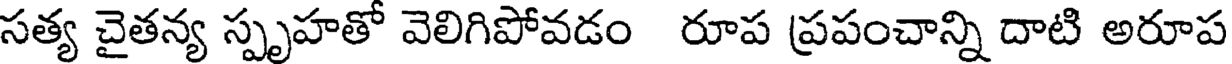
సత్య చైతన్య స్పృహతో వెలిగిపోవడం రూప ప్రపంచాన్ని దాటి అరూప